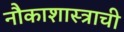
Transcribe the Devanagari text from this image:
नौकाशास्त्राची